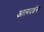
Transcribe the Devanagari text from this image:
आत्मदर्शना